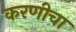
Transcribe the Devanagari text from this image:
करणीचा